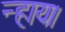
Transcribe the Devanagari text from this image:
न्हाय।